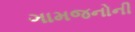
ગામજનોની